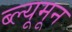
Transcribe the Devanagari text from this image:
ब्ल्यूमून